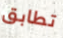
تطابق